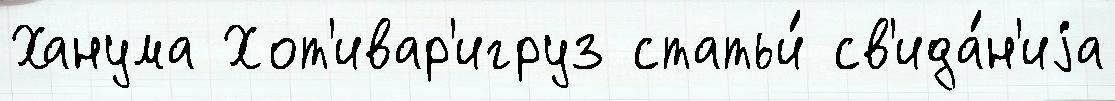
Ханума Хот'ивар'игруз статьи́ св'ида́н'иjа